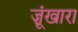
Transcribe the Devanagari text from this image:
ज़ूंखारा